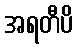
အရတီပိ